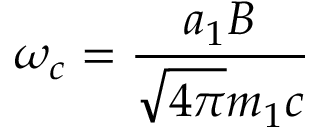
\omega _ { c } = { \frac { a _ { 1 } B } { { \sqrt { 4 \pi } } m _ { 1 } c } }